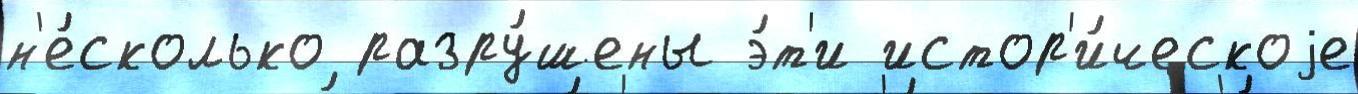
н'е́сколько разру́шены э́т'и истор'и́ческоjе